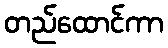
တည်ထောင်ကာ